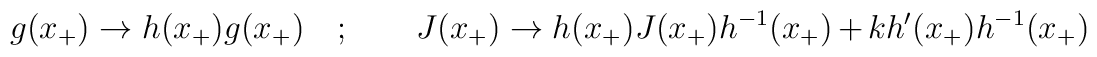
g(x_{+})\to h(x_{+})g(x_{+})\quad ;\qquad J(x_{+})\to h(x_{+})J(x_{+})h^{-1}(x_{+})+kh^{\prime }(x_{+})h^{-1}(x_{+})